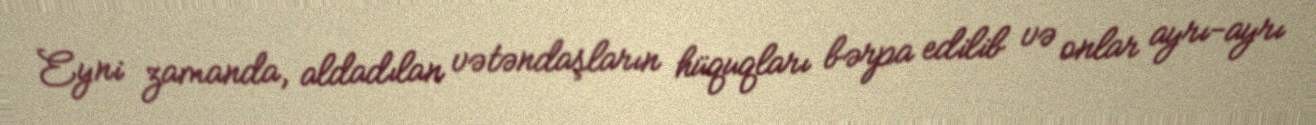
Eyni zamanda, aldadılan vətəndaşların hüquqları bərpa edilib və onlar ayrı-ayrı